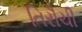
તિરૌચી